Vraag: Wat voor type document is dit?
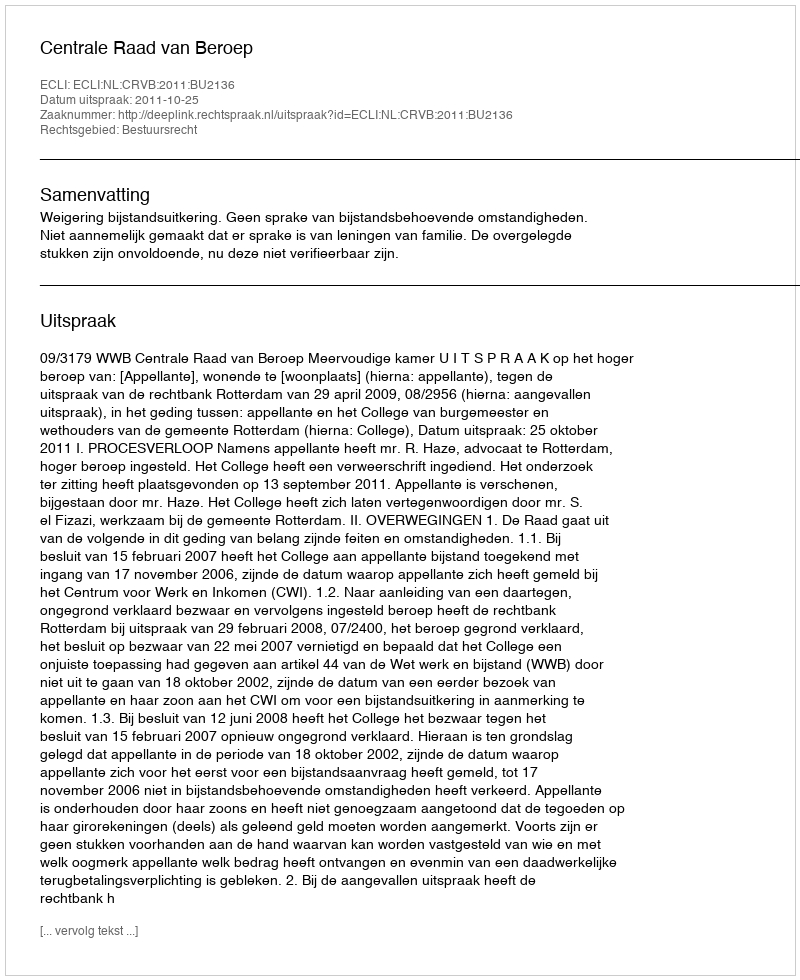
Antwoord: Uitspraak